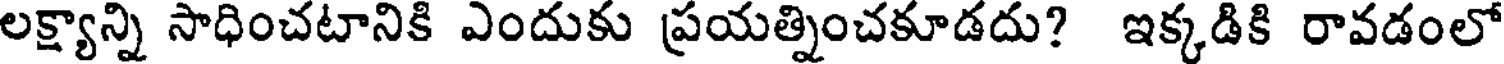
లక్ష్యాన్ని సాధించటానికి ఎందుకు ప్రయత్నించకూడదు? ఇక్కడికి రావడంలో